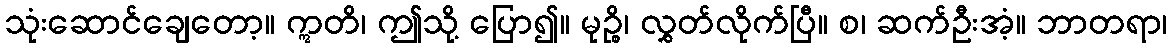
သုံးဆောင်ချေတော့။ ဣတိ၊ ဤသို့ ပြော၍။ မုဉ္စိ၊ လွှတ်လိုက်ပြီ။ စ၊ ဆက်ဦးအံ့။ ဘာတရာ၊